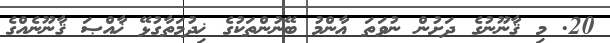
20. މި ޤާނޫނުގެ ދަށުން ނުވަތަ ޢާންމު ބޭނުންތަކުގެ ޚިދުމަތާގުޅޭ ޚާއްޞަ ޤާނޫނެއްގެ